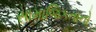
સામાજિકતાનો